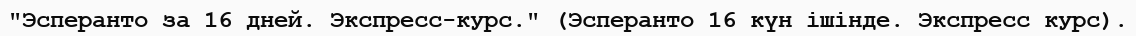
"Эсперанто за 16 дней. Экспресс-курс." (Эсперанто 16 күн ішінде. Экспресс курс).